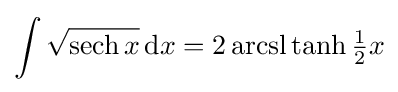
\int {\sqrt {\operatorname {sech} x}}\,\mathrm {d} x={2\operatorname {arcsl} }\tanh {\tfrac {1}{2}}x